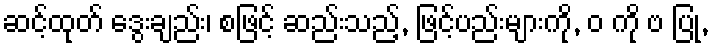
ဆင့်ထုတ် ဒွေးချည်း၊ စဖြင့် ဆည်းသည့်, ဖြင့်ပည်းများကို, ဝ ကို ဗ ပြု,